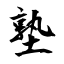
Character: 塾